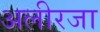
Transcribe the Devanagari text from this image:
अलीरजा